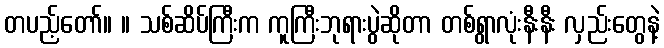
တပည့်တော်။ ။ သစ်ဆိပ်ကြီးက ကူကြီးဘုရားပွဲဆိုတာ တစ်ရွာလုံးနီးနီး လှည်းတွေနဲ့